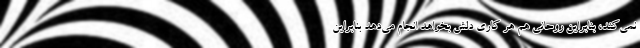
نمی‌کند، بنابراین روحانی هم هر کاری دلش بخواهد انجام می‌دهد بنابراین